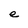
Character: e